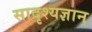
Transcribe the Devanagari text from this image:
सादृश्यज्ञान